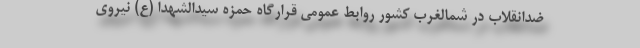
ضدانقلاب در شمالغرب کشور روابط عمومی قرارگاه حمزه سیدالشهدا (ع) نیروی